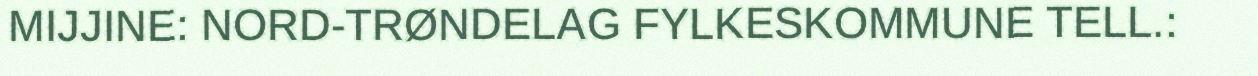
MIJJINE: NORD-TRØNDELAG FYLKESKOMMUNE TELL.: